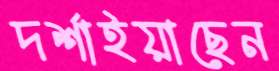
দর্শাইয়াছেন